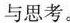
与思考